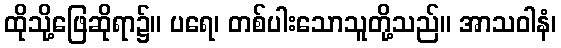
ထိုသို့ဖြေဆိုရာ၌။ ပရေ၊ တစ်ပါးသောသူတို့သည်။ အာသဝါနံ၊